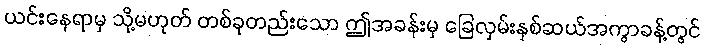
ယင်းနေရာမှ သို့မဟုတ် တစ်ခုတည်းသော ဤအခန်းမှ ခြေလှမ်းနှစ်ဆယ်အကွာခန့်တွင်